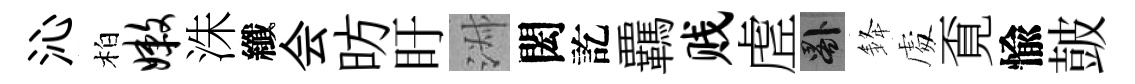
沁柏嫩洙纖会昉盱淑閎訖覊贱虗晷𨦟䖏覔愉皷